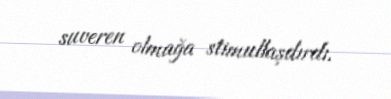
suveren olmağa stimullaşdırdı.